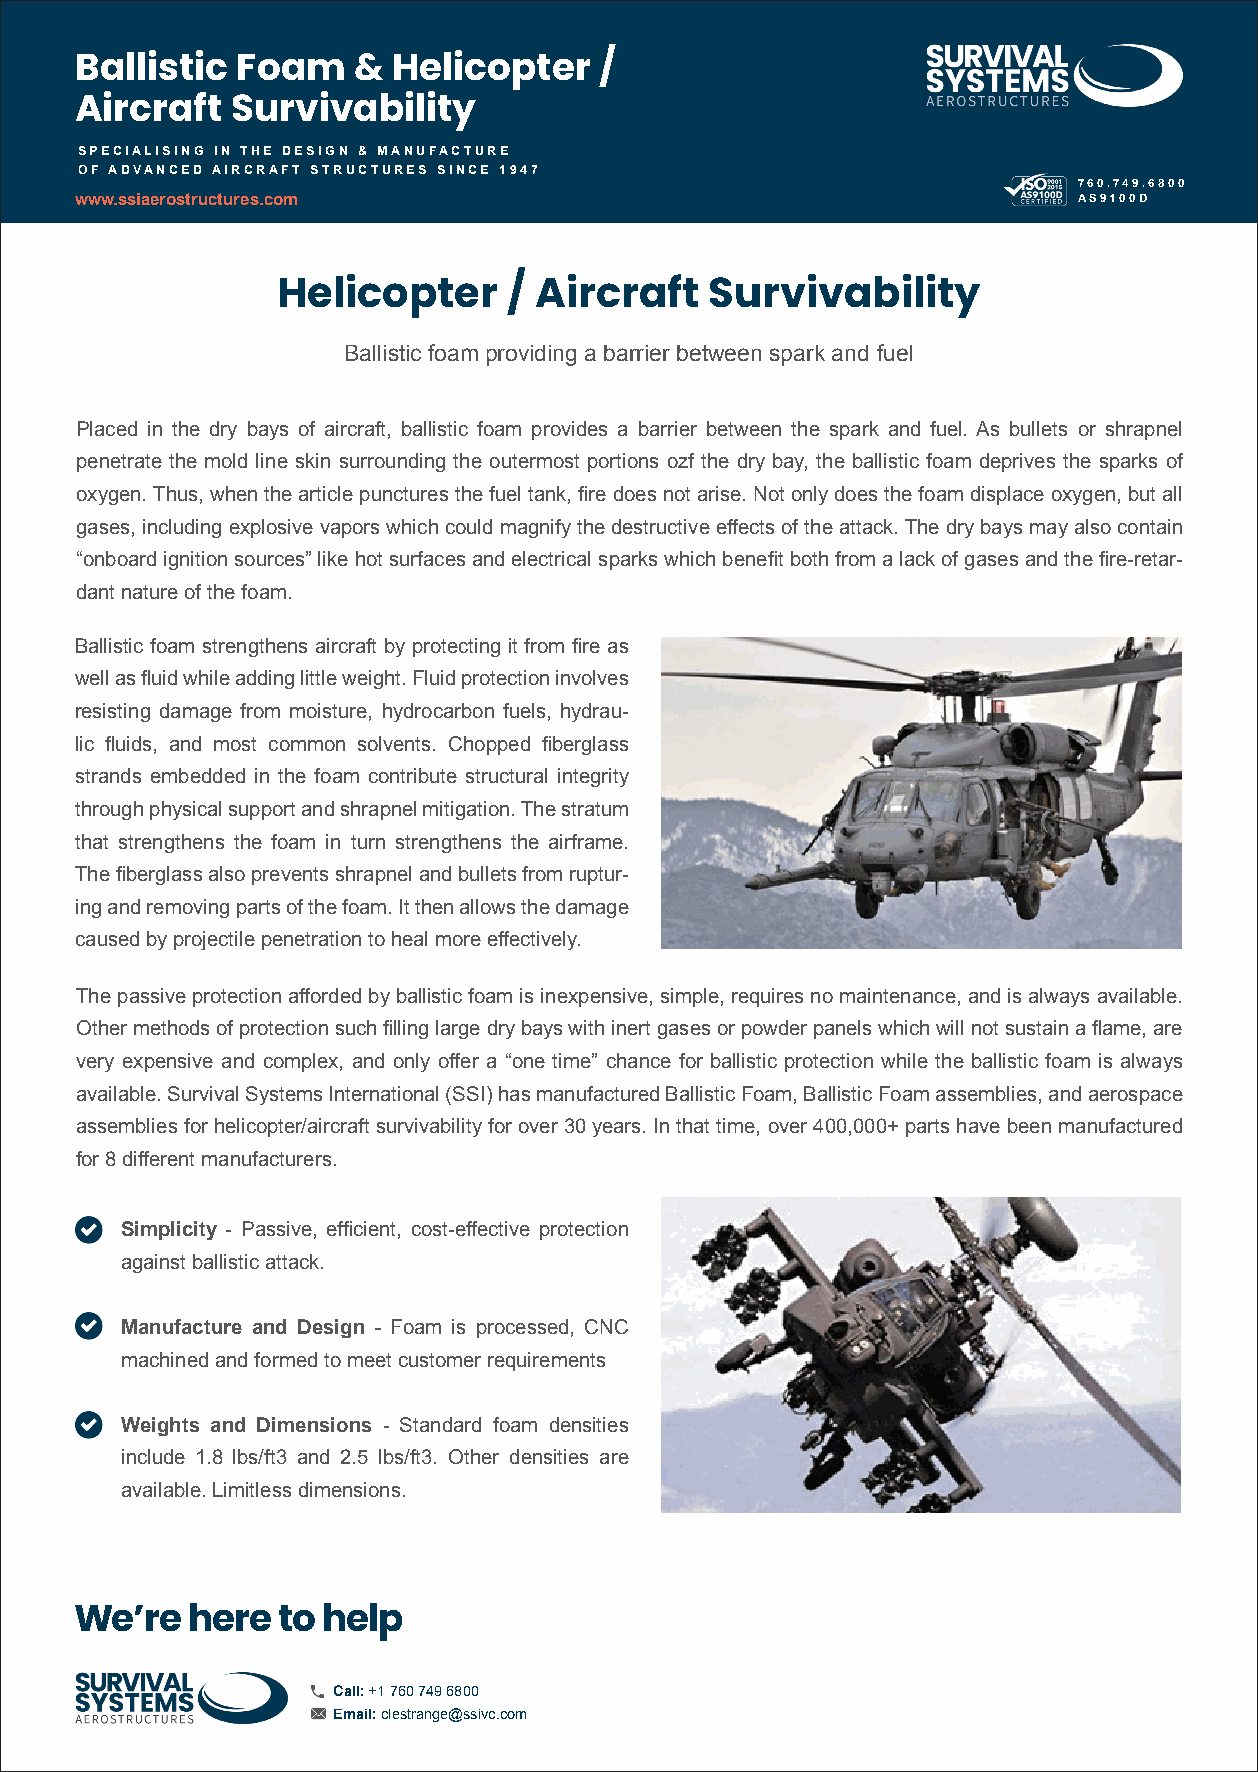
Ballistic  Foam   &  Helicopter    /
 Aircraft  Survivability
 SPECIALISING IN THE DESIGN & MANUFACTURE
 OF ADVANCED AIRCRAFT STRUCTURES SINCE 1947
 760.749.6800
 www.ssiaerostructures.com                                         AS9100D
 Helicopter      / Aircraft   Survivability
 Ballistic foam providing a barrier between spark and fuel
 Placed in the dry bays of aircraft, ballistic foam provides a barrier between the spark and fuel. As bullets or shrapnel
 penetrate the mold line skin surrounding the outermost portions ozf the dry bay, the ballistic foam deprives the sparks of
 oxygen. Thus, when the article punctures the fuel tank, fire does not arise. Not only does the foam displace oxygen, but all
 gases, including explosive vapors which could magnify the destructive effects of the attack. The dry bays may also contain
 “onboard ignition sources” like hot surfaces and electrical sparks which benefit both from a lack of gases and the fire-retar-
 dant nature of the foam.
 Ballistic foam strengthens aircraft by protecting it from fire as
 well as fluid while adding little weight. Fluid protection involves
 resisting damage from moisture, hydrocarbon fuels, hydrau-
 lic fluids, and most common solvents. Chopped fiberglass
 strands embedded in the foam contribute structural integrity
 through physical support and shrapnel mitigation. The stratum
 that strengthens the foam in turn strengthens the airframe.
 The fiberglass also prevents shrapnel and bullets from ruptur-
 ing and removing parts of the foam. It then allows the damage
 caused by projectile penetration to heal more effectively.
 The passive protection afforded by ballistic foam is inexpensive, simple, requires no maintenance, and is always available.
 Other methods of protection such filling large dry bays with inert gases or powder panels which will not sustain a flame, are
 very expensive and complex, and only offer a “one time” chance for ballistic protection while the ballistic foam is always
 available. Survival Systems International (SSI) has manufactured Ballistic Foam, Ballistic Foam assemblies, and aerospace
 assemblies for helicopter/aircraft survivability for over 30 years. In that time, over 400,000+ parts have been manufactured
 for 8 different manufacturers.
 Simplicity - Passive, efficient, cost-effective protection
 against ballistic attack.
 Manufacture and Design - Foam is processed, CNC
 machined and formed to meet customer requirements
 Weights and Dimensions - Standard foam densities
 include 1.8 lbs/ft3 and 2.5 lbs/ft3. Other densities are
 available. Limitless dimensions.
 We’re  here  to help
 Call: +1 760 749 6800
 Email: clestrange@ssivc.com